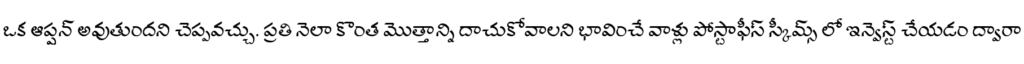
ఒక ఆప్షన్ అవుతుందని చెప్పవచ్చు. ప్రతి నెలా కొంత మొత్తాన్ని దాచుకోవాలని భావించే వాళ్లు పోస్టాఫీస్ స్కీమ్స్ లో ఇన్వెస్ట్ చేయడం ద్వారా